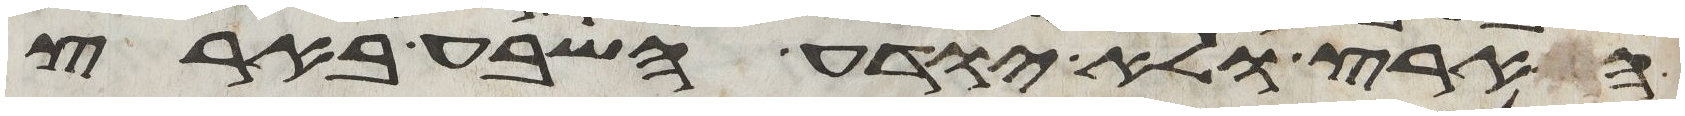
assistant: הארץ ולא יודע השבע בארץ